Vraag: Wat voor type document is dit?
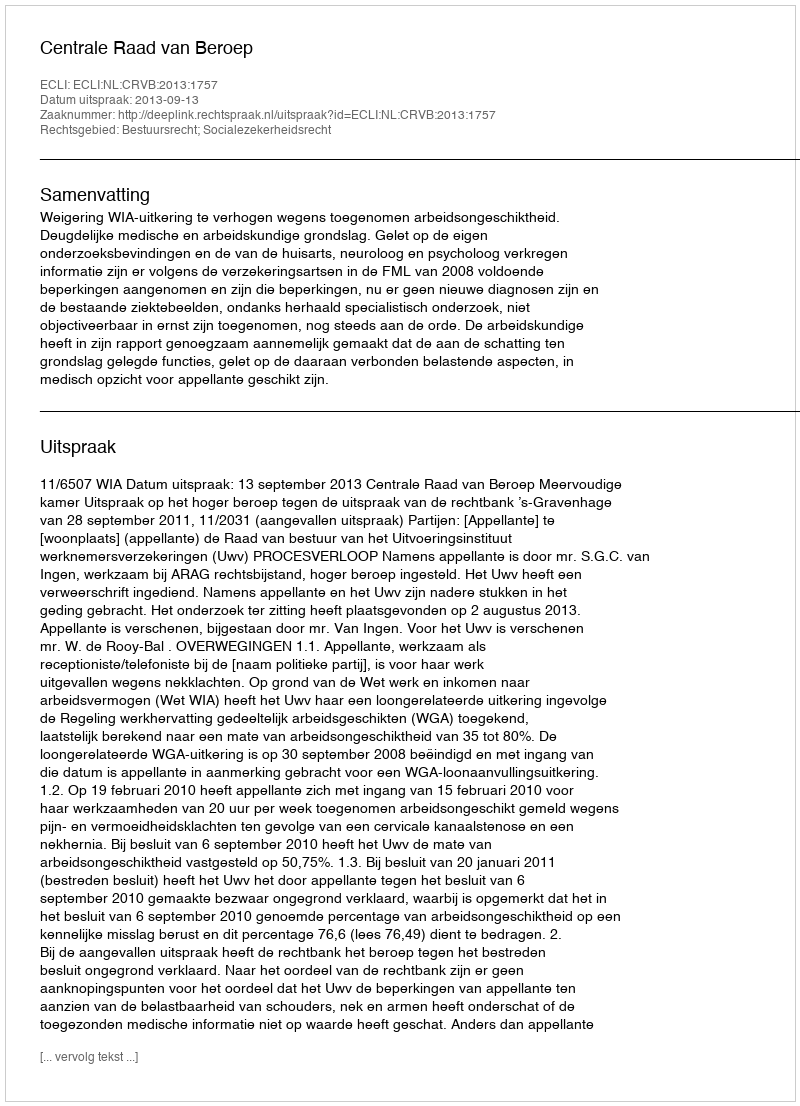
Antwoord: Uitspraak